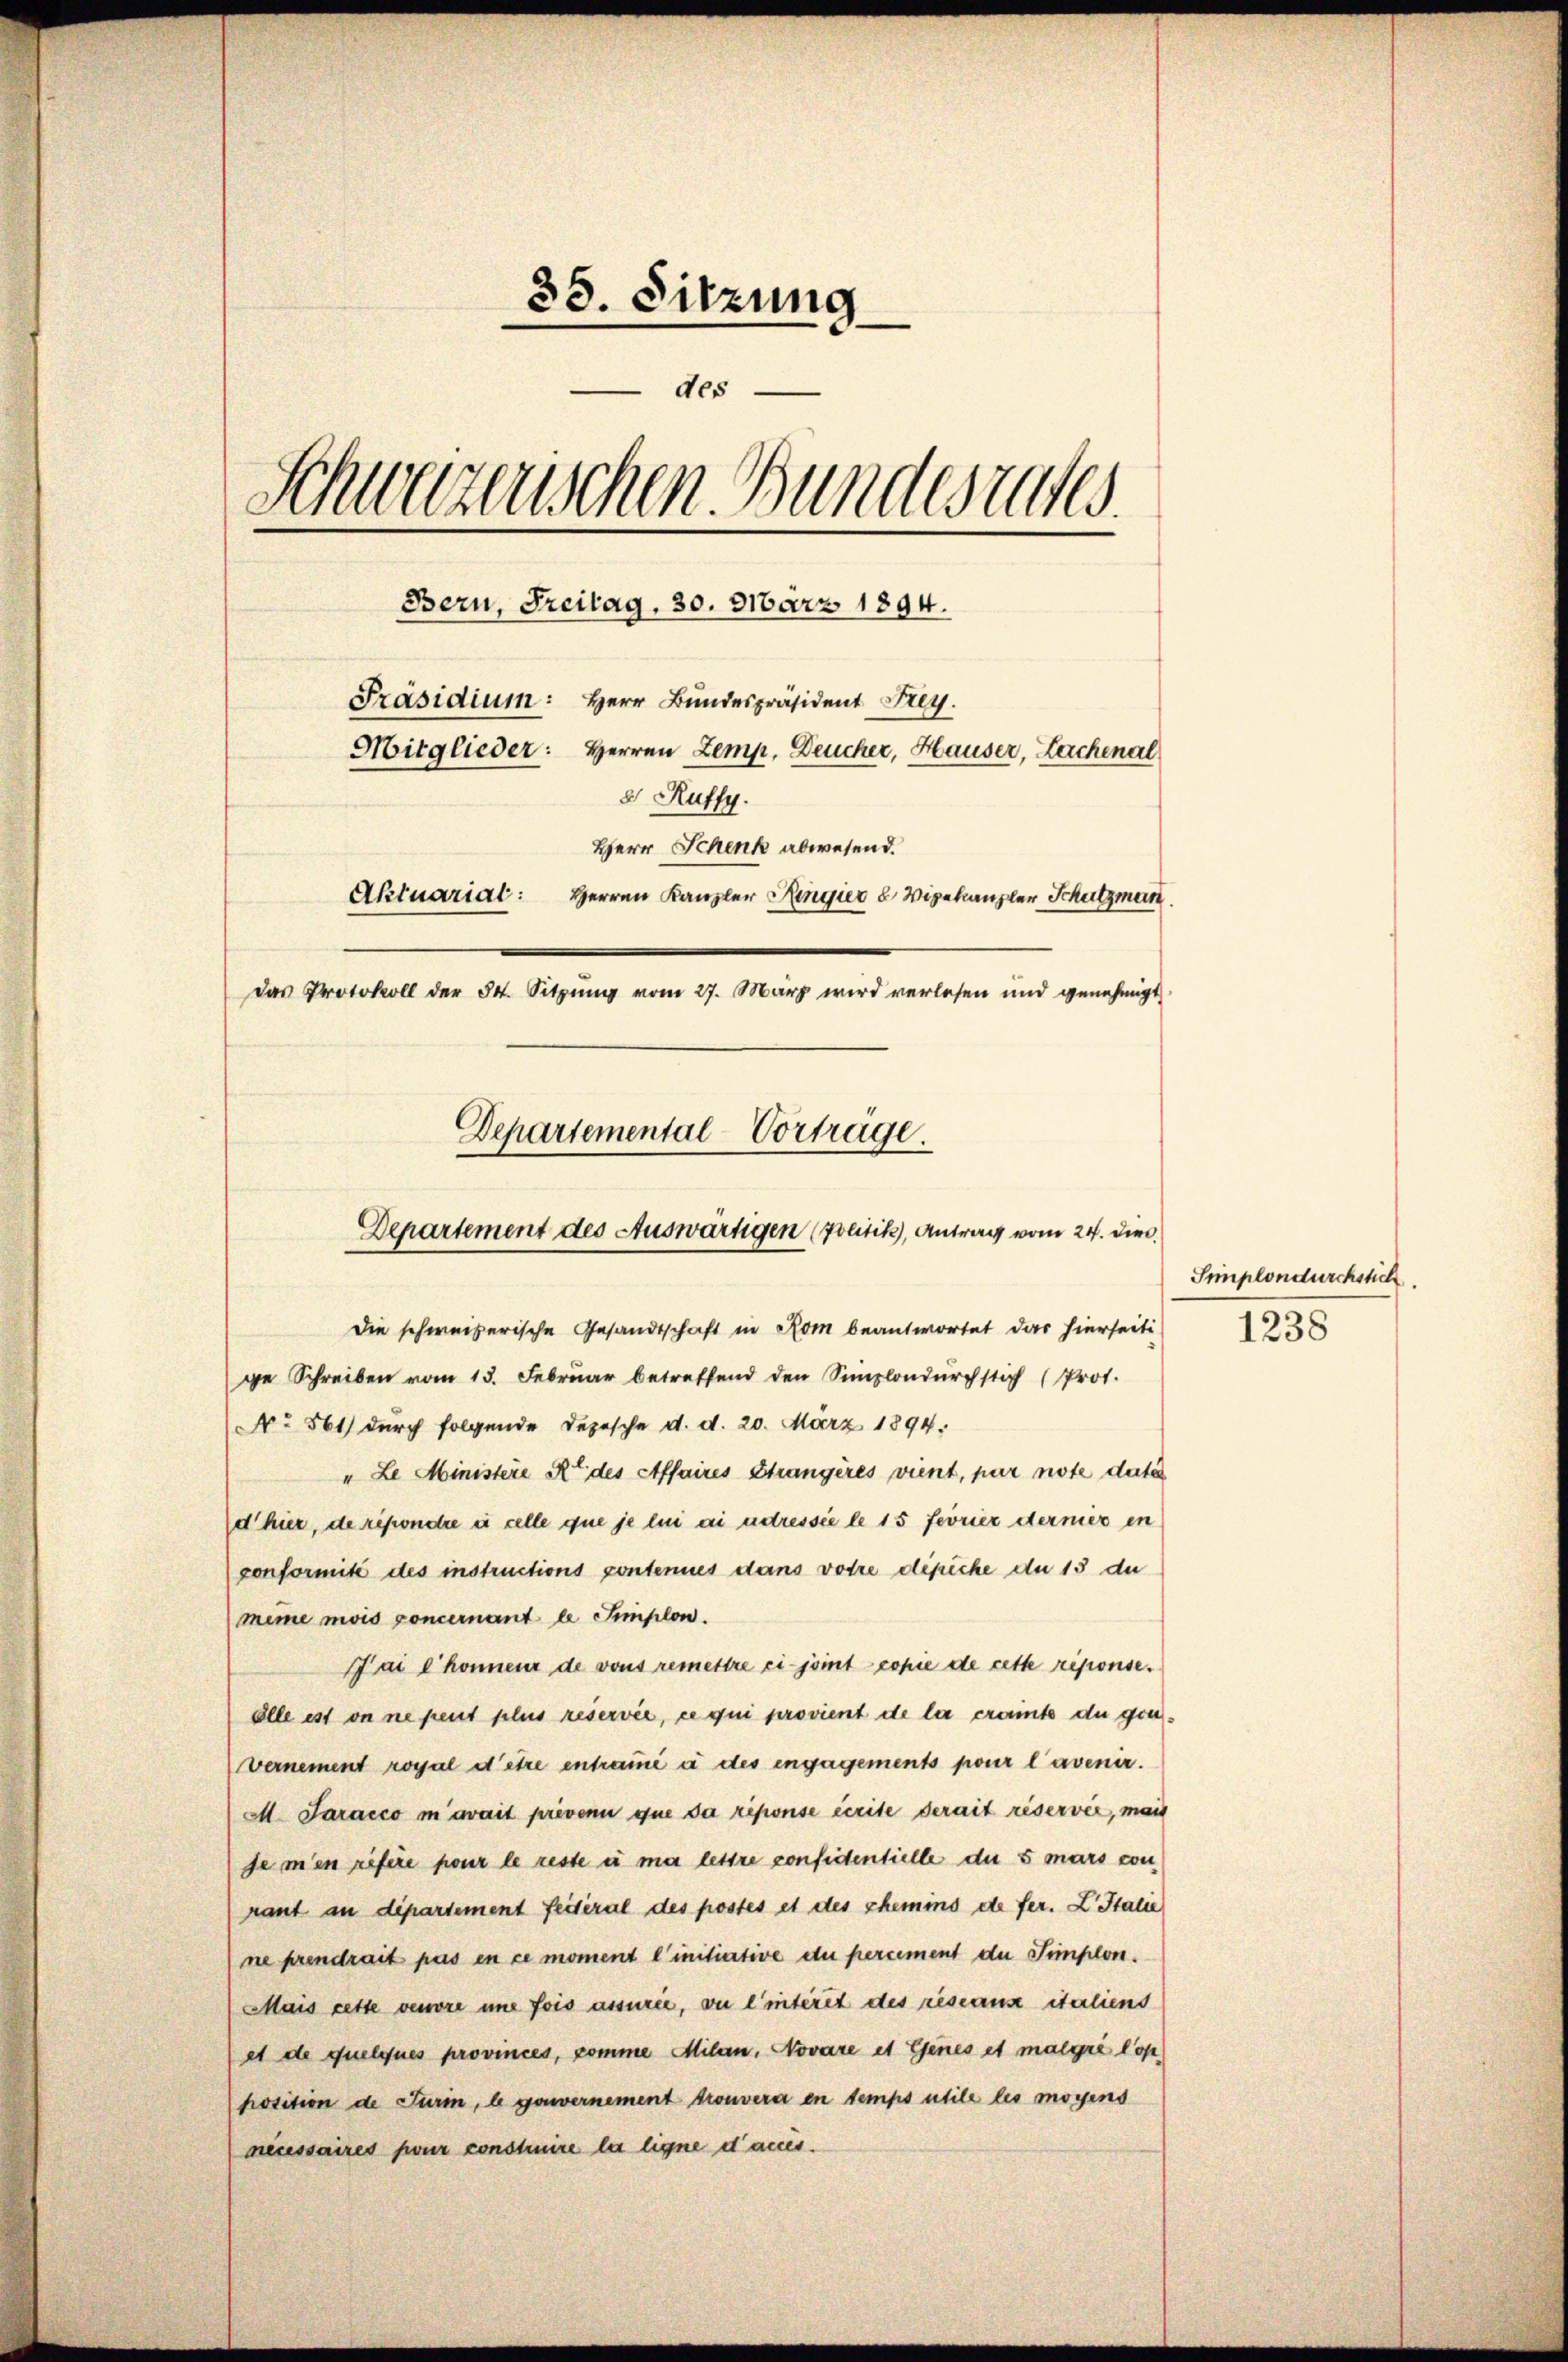
35. Sitzung
des
Schweizerischen Bundesrates.
Bern, Freitag, 30. 316ärz 1894.
Präsidium: Herr Bundespräsident Frey.
Mitglieder: Herren Zemp, Deucher, Hauser, Lachenal
8 Ruffy.
Herr Schenk abwesend.
Aktuarial: Herren Kanzler Ringier u Vizekanzler Schutzman
Das Protokoll der 34. Sitzŭng vom 27. März wird verlesen und genehmigt
Departemental-Vorträge.

Departement des Auswärtigen (Zolitik, Antrag vom 24. dies
die schweizerische Gesandtschaft in Rom beantwortet das hierseiti

ge Schreiben vom 13. Februar betreffend den Simplondŭrchstich (Prot.
No 561) durch folgende Depesche d. d. 20. März 1894.
"Le Ministere Ro des Affaires Strangères vient, par note date
d hier, de répondre à celle que je lui ai adressie le 15 feorier dermer in
conformité des instructions contenues dans votre dipiche du 13 de
mime mois concernant le Implon.
Hai e honneur de vous remettre ci- joint copie de cette reponse.
ölle est on ne peut plus reservée, ce qui provient de la crainte du gen¬
Vernement royal d’être entraue à des engagements pour l’avenir.
M. Šaracco in avait prevenu que da riponse écrite derait réservée, mais
de men refere pour le reste u ma lestre confidentielle die 5 mars con
rant an dipartement feiteral des postes et des chemins de fer. L. Stalie
ne prendrait pas en ce moment einitiative du percement die Simplon.
Mais cette venore une fois assurée, ou l’interet des reseaus italiens
et de quelques provinces, comme Milan. Novare et Genes et malgré lop
hosition de Turin, b gouvernement trouvera en temps utile les moyens
necessaires pour construire la ligne danes.

Simplondurchstich
1238